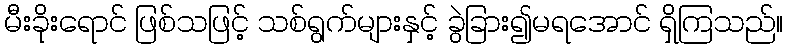
မီးခိုးရောင် ဖြစ်သဖြင့် သစ်ရွက်များနှင့် ခွဲခြား၍မရအောင် ရှိကြသည်။